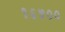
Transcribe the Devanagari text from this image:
१६५००